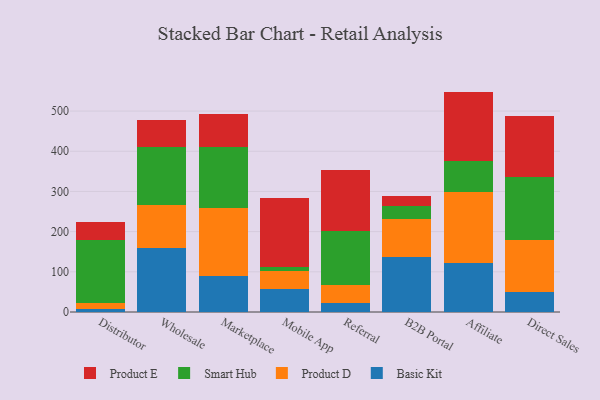
{"axis": {"x": "Channel", "y": "Website Visitors"}, "legend": ["Basic Kit", "Product D", "Product E", "Smart Hub"], "data": [{"x": "Distributor", "y": 6.3, "type": "Basic Kit"}, {"x": "Distributor", "y": 16.7, "type": "Product D"}, {"x": "Distributor", "y": 155.2, "type": "Smart Hub"}, {"x": "Distributor", "y": 45.4, "type": "Product E"}, {"x": "Wholesale", "y": 159.3, "type": "Basic Kit"}, {"x": "Wholesale", "y": 106.5, "type": "Product D"}, {"x": "Wholesale", "y": 145.4, "type": "Smart Hub"}, {"x": "Wholesale", "y": 67.5, "type": "Product E"}, {"x": "Marketplace", "y": 90.0, "type": "Basic Kit"}, {"x": "Marketplace", "y": 169.7, "type": "Product D"}, {"x": "Marketplace", "y": 150.7, "type": "Smart Hub"}, {"x": "Marketplace", "y": 82.8, "type": "Product E"}, {"x": "Mobile App", "y": 57.0, "type": "Basic Kit"}, {"x": "Mobile App", "y": 43.9, "type": "Product D"}, {"x": "Mobile App", "y": 12.0, "type": "Smart Hub"}, {"x": "Mobile App", "y": 169.6, "type": "Product E"}, {"x": "Referral", "y": 23.3, "type": "Basic Kit"}, {"x": "Referral", "y": 44.2, "type": "Product D"}, {"x": "Referral", "y": 133.1, "type": "Smart Hub"}, {"x": "Referral", "y": 153.4, "type": "Product E"}, {"x": "B2B Portal", "y": 137.8, "type": "Basic Kit"}, {"x": "B2B Portal", "y": 93.2, "type": "Product D"}, {"x": "B2B Portal", "y": 31.6, "type": "Smart Hub"}, {"x": "B2B Portal", "y": 26.2, "type": "Product E"}, {"x": "Affiliate", "y": 122.2, "type": "Basic Kit"}, {"x": "Affiliate", "y": 175.5, "type": "Product D"}, {"x": "Affiliate", "y": 78.4, "type": "Smart Hub"}, {"x": "Affiliate", "y": 172.4, "type": "Product E"}, {"x": "Direct Sales", "y": 50.4, "type": "Basic Kit"}, {"x": "Direct Sales", "y": 128.7, "type": "Product D"}, {"x": "Direct Sales", "y": 155.8, "type": "Smart Hub"}, {"x": "Direct Sales", "y": 151.7, "type": "Product E"}]}